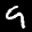
Label: 9